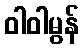
ဝါဝါမွန်